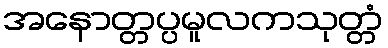
အနောတ္တပ္ပမူလကသုတ္တံ